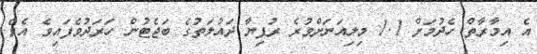
އެ އިމާރާތް ހެދުމަށް 1.1 މިލިއަނަށްވުރެ ރުފިޔާ ދައުލަތުގެ ބަޖެޓުން ހަރަދުވެފައިވެ އެވެ.